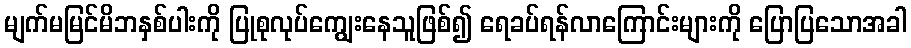
မျက်မမြင်မိဘနှစ်ပါးကို ပြုစုလုပ်ကျွေးနေသူဖြစ်၍ ရေခပ်ရန်လာကြောင်းများကို ပြောပြသောအခါ